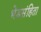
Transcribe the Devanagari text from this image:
भेडसंहिता